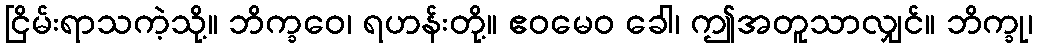
ငြိမ်းရာသကဲ့သို့။ ဘိက္ခဝေ၊ ရဟန်းတို့။ ဧဝမေဝ ခေါ၊ ဤအတူသာလျှင်။ ဘိက္ခု၊